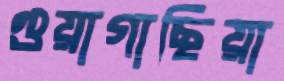
গুয়াগাছিয়া